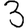
Digit: 3